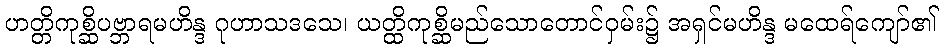
ဟတ္တိကုစ္ဆိပဗ္ဘာရမဟိန္ဒ ဂုဟာသဒသေ၊ ယတ္ထိကုစ္ဆိမည်သောတောင်ဝှမ်း၌ အရှင်မဟိန္ဒ မထေရ်ကျော်၏